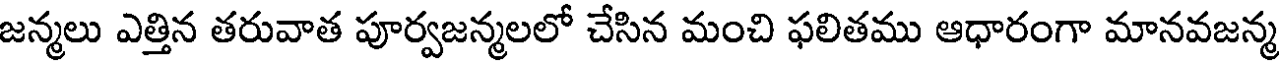
జన్మలు ఎత్తిన తరువాత పూర్వజన్మలలో చేసిన మంచి ఫలితము ఆధారంగా మానవజన్మ